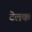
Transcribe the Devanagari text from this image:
टेलक